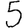
Digit: 5